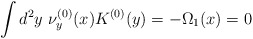
\begin{align*}\int d^2y~\nu_{y}^{(0)}(x)K^{(0)}(y) =-\Omega_{1}(x)=0\end{align*}